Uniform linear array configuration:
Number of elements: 4
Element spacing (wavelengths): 0.25
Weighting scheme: hann
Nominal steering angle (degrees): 15
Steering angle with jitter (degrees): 15.419
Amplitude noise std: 0.05
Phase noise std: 0.05

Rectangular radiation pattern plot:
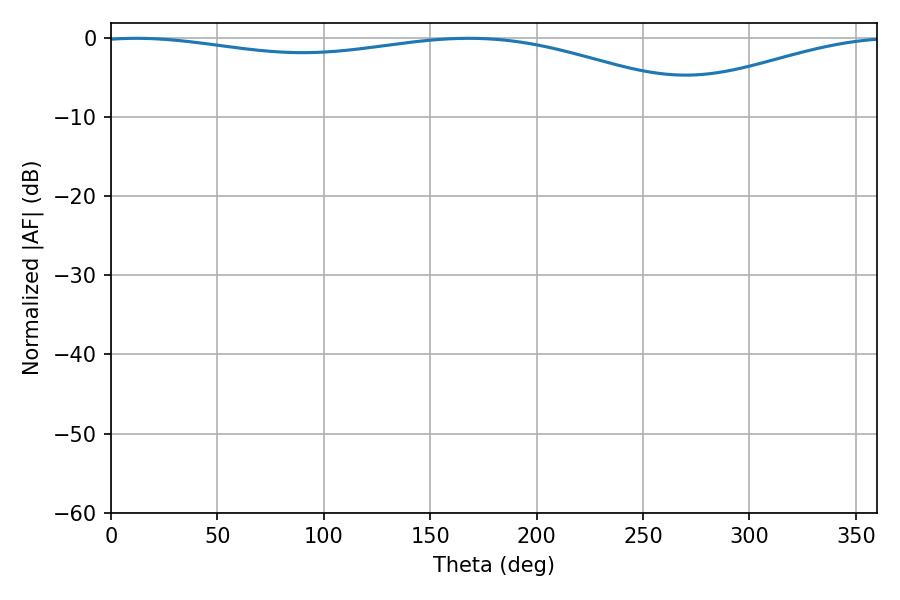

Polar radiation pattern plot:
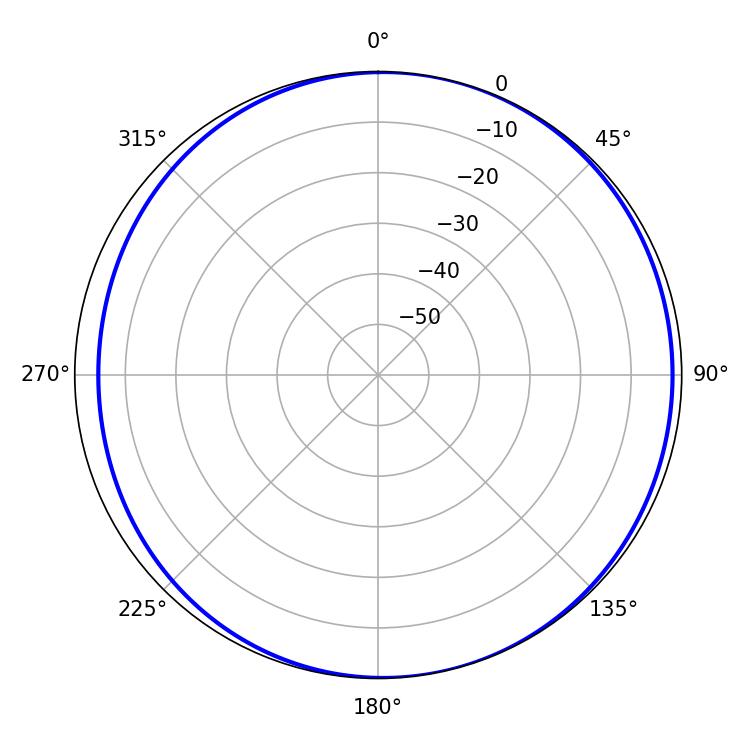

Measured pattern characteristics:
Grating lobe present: FALSE
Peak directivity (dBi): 5.501
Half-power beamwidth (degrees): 232.56
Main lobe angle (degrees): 11.88